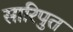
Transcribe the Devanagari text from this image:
सारिपुत